Piroplasma canis and its life cycle in the tick - Number 29
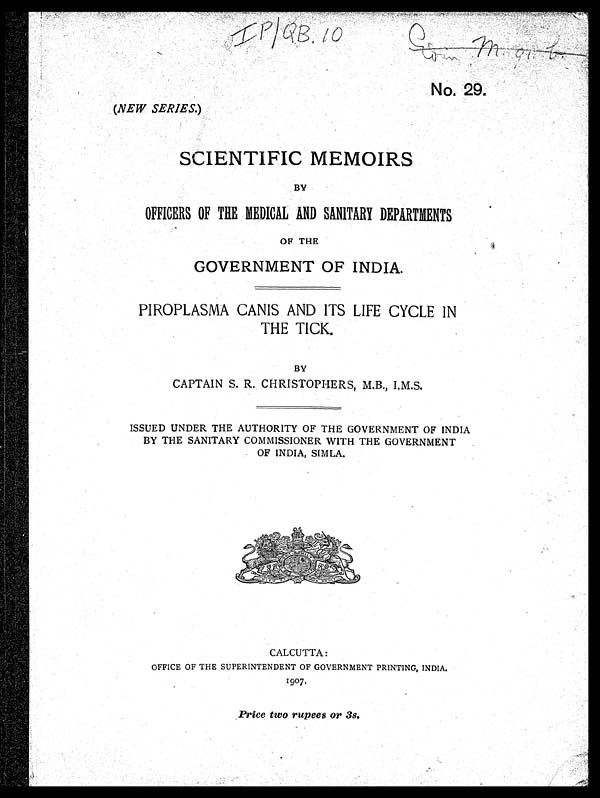
No: 29.
(NEW SERIES.)
SCIENTIFIC MEMOIRS
BY
OFFICERS OF THE MEDICAL AND SANITARY DEPARTMENTS
OF THE
GOVERNMENT OF INDIA.
PIROPLASMA CANIS AND ITS LIFE CYCLE IN
THE TICK.
BY
CAPTAIN S. R. CHRISTOPHERS, M.B., I.M.S.
ISSUED UNDER THE AUTHORITY OF THE GOVERNMENT OF INDIA
BY THE SANITARY COMMISSIONER WITH THE GOVERNMENT
OF INDIA, SIMLA.
CALCUTTA:
OFFICE OF THE SUPERINTENDENT OF GOVERNMENT PRINTING, INDIA.
1907.
Price two rupees or 3s.